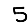
Digit: 5